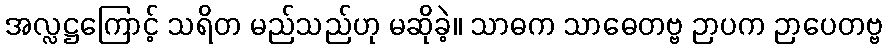
အလ္လဋ္ဌကြောင့် သရိတ မည်သည်ဟု မဆိုခဲ့။ သာဓက သာဓေတဗ္ဗ ဉာပက ဉာပေတဗ္ဗ